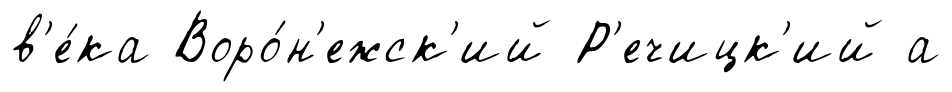
в'е́ка Воро́н'ежск'ий Р'ечицк'ий а